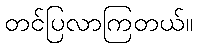
တင်ပြလာကြတယ်။